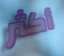
أكثر